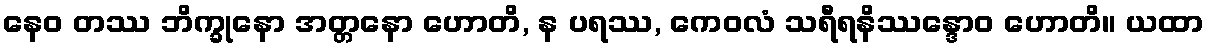
နေဝ တဿ ဘိက္ခုနော အတ္တနော ဟောတိ, န ပရဿ, ကေဝလံ သရီရနိဿန္ဒောဝ ဟောတိ။ ယထာ